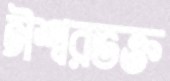
ঈশ্বরভক্ত